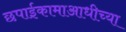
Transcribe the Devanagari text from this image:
छपाईकामाआधीच्या